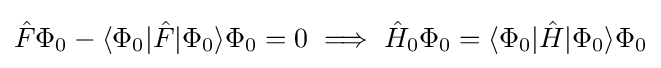
{\hat {F}}\Phi _{0}-\langle \Phi _{0}|{\hat {F}}|\Phi _{0}\rangle \Phi _{0}=0\implies {\hat {H}}_{0}\Phi _{0}=\langle \Phi _{0}|{\hat {H}}|\Phi _{0}\rangle \Phi _{0}